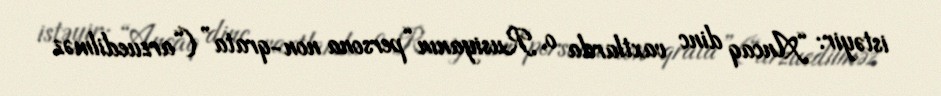
istəyir: “Ancaq dinc vaxtlarda o, Rusiyanın “persona non-qrata” (“arzuedilməz